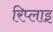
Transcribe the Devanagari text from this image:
रिप्लाइ